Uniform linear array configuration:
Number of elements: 48
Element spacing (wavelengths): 0.75
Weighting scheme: blackman
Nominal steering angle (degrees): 60
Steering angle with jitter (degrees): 58.692
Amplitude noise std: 0.05
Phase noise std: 0.05

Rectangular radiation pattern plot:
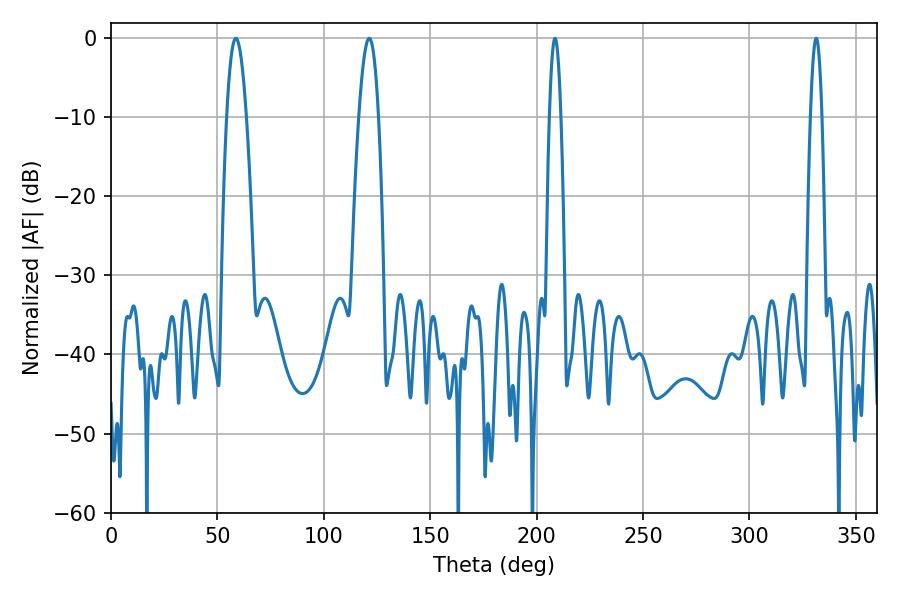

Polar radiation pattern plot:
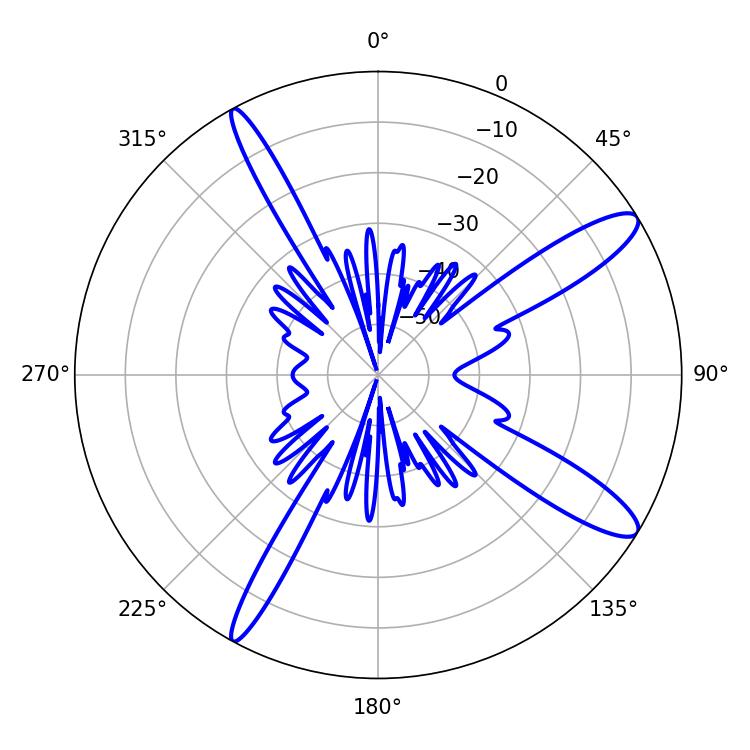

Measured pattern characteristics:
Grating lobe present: TRUE
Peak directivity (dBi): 12.597
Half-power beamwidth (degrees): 5.04
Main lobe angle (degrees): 58.68